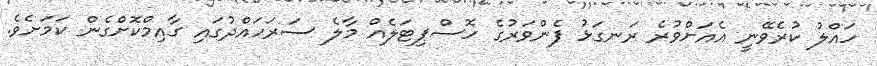
ހައްލު ކުރެވޭނީ އެއަށްވުރެ ރަނގަޅު ފެންވަރުގެ ހޮސްޕިޓަލެއް މާލެ ސަރަހައްދުގައި ގާއިމްކޮށްގެން ކަމަށެވެ.